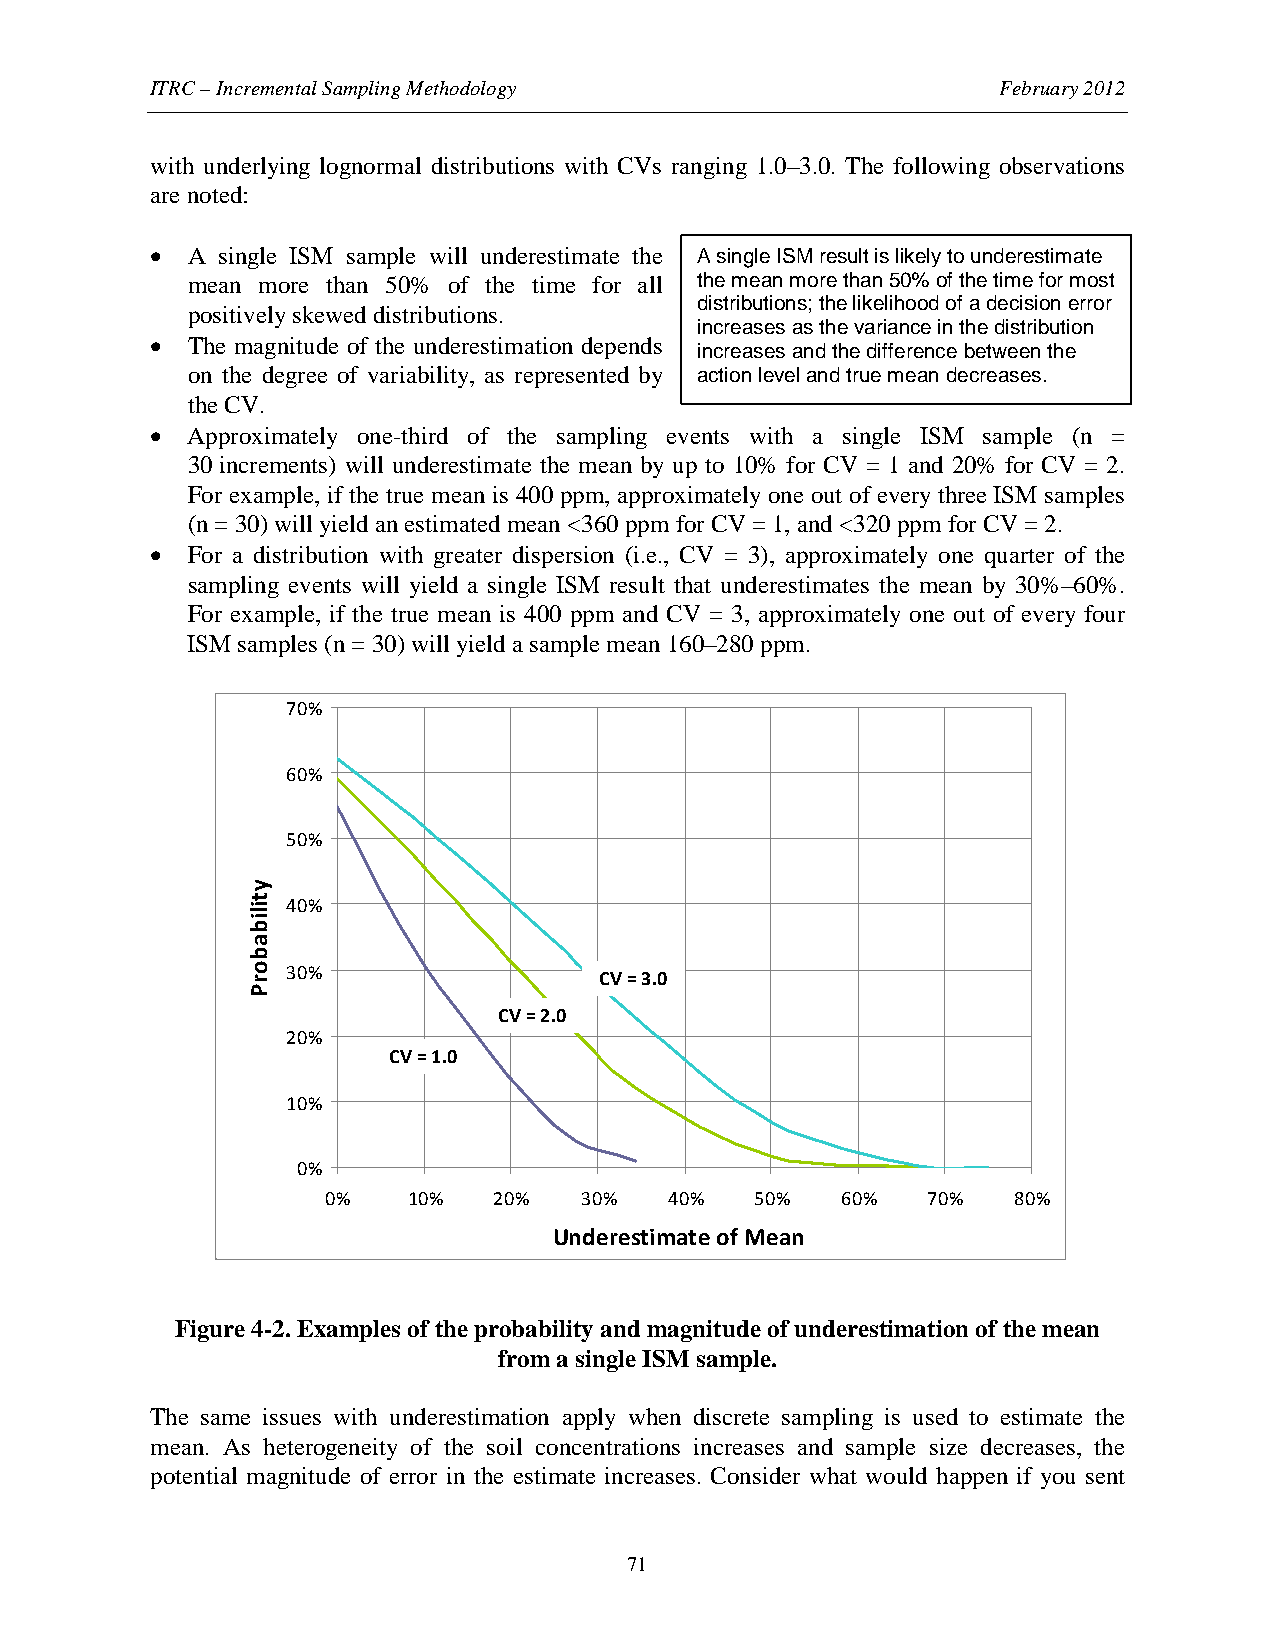
ITRC – Incremental Sampling Methodology                 February 2012
 with underlying lognormal distributions with CVs ranging 1.0–3.0. The following observations
 are noted:
 • A single ISM sample will underestimate the A single ISM result is likely to underestimate
 mean more than 50% of the time for all the mean more than 50% of the time for most
 distributions; the likelihood of a decision error
 positively skewed distributions.
 increases as the variance in the distribution
 • The magnitude of the underestimation depends
 increases and the difference between the
 on the degree of variability, as represented by action level and true mean decreases.
 the CV.
 • Approximately one-third of the sampling events with a single ISM sample (n =
 30 increments) will underestimate the mean by up to 10% for CV = 1 and 20% for CV = 2.
 For example, if the true mean is 400 ppm, approximately one out of every three ISM samples
 (n = 30) will yield an estimated mean <360 ppm for CV = 1, and <320 ppm for CV = 2.
 • For a distribution with greater dispersion (i.e., CV = 3), approximately one quarter of the
 sampling events will yield a single ISM result that underestimates the mean by 30%–60%.
 For example, if the true mean is 400 ppm and CV = 3, approximately one out of every four
 ISM samples (n = 30) will yield a sample mean 160–280 ppm.
 70%
 60%
 50%
 40%
 30%                  CV = 3.0
 CV = 2.0
 20%
 CV = 1.0
 10%
 0%
 0%   10%   20%  30%   40%   50%   60%  70%   80%
 Underestimate of Mean
 Figure 4-2. Examples of the probability and magnitude of underestimation of the mean
 from a single ISM sample.
 The same issues with underestimation apply when discrete sampling is used to estimate the
 mean. As heterogeneity of the soil concentrations increases and sample size decreases, the
 potential magnitude of error in the estimate increases. Consider what would happen if you sent
 71
 ytilibaborP